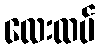
လေးထပ်